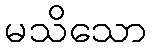
မသိသော